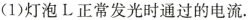
(1)灯泡L正常发光时通过的电流。